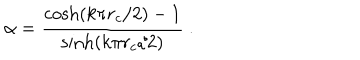
LaTeX: \alpha = \frac { \cosh ( k \pi r _ { c } / 2 ) - 1 } { \sinh ( k \pi r _ { c } / 2 ) } \ .